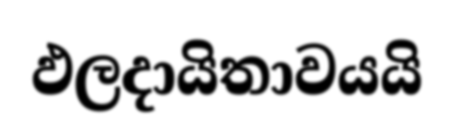
ඵලදායිතාවයයි